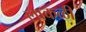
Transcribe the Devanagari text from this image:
लाकळी